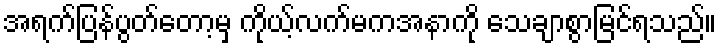
အရက်ပြန်ပွတ်တော့မှ ကိုယ့်လက်မကအနာကို သေချာစွာမြင်ရသည်။